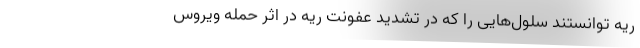
ریه توانستند سلول‌هایی را که در تشدید عفونت ریه در اثر حمله ویروس